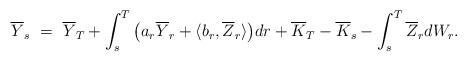
LaTeX: \begin{align*}\overline{Y}_s \ = \ \overline{Y}_T + \int_s^T \big(a_r\overline{Y}_r + \langle b_r,\overline{Z}_r\rangle\big)dr + \overline{K}_T - \overline{K}_s - \int_s^T \overline{Z}_r dW_r.\end{align*}